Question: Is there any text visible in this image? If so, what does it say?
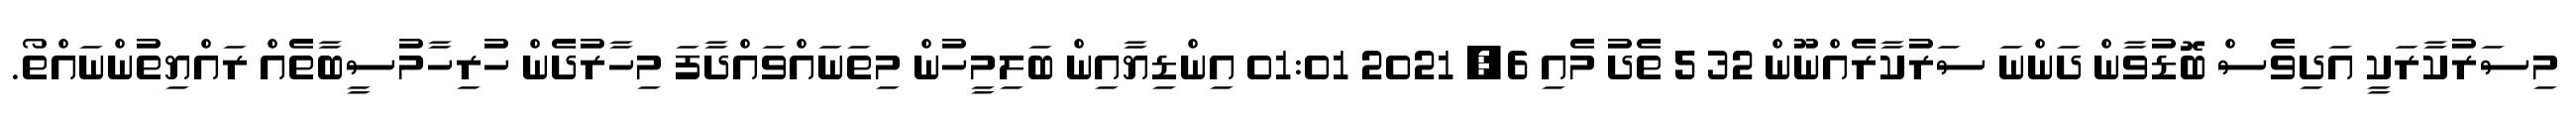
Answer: މިސަރުކާރަކީ އަދިވެސް ބޮޑުވާން ދަންނަ ސަރުކާރެއްނޫން 32 5 ތެދު މެއި 6, 2021 01:01 އިންޑިޔާއިން ބަލިމީހުން މިތަނައްވައްދާފަ މިހާރުދެން ހުރިހާމުސީބާތެއް ރައްޔިތުންނައްތޯ.